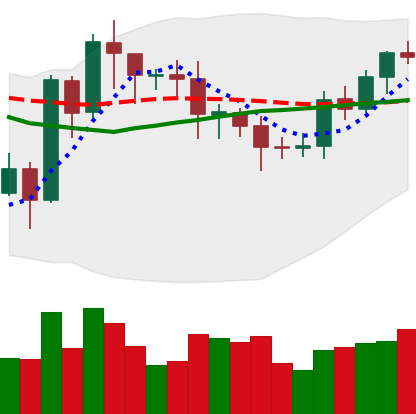
Ticker: EOS-USD
Chart end date: 2020-07-23
Forward return: 12.895%
Label: up_7plus